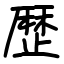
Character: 歴